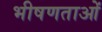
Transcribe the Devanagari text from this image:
भीषणताओं